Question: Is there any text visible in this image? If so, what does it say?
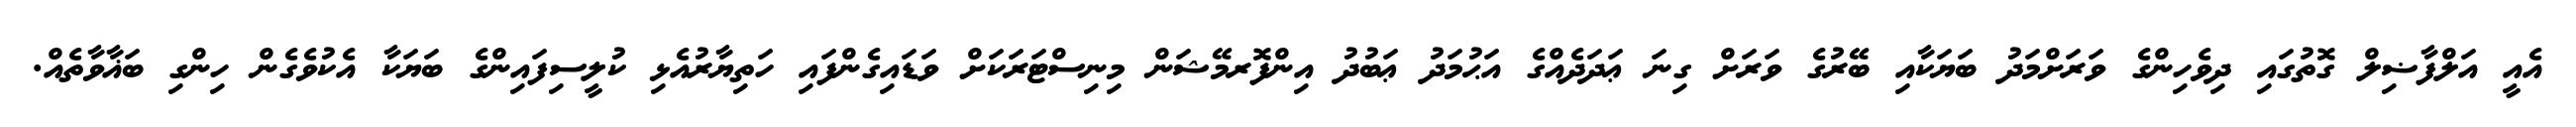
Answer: އެއީ އަލްފާޟިލް ގޮތުގައި ދިވެހިންގެ ވަރަށްމަދު ބަޔަކާއި ބޭރުގެ ވަރަށް ގިނަ ޢަދަދެއްގެ އަޙުމަދު ޢަބުދު އިންފޮރމޭޝަން މިނިސްޓަރަކަށް ވަޑައިގެންފައި ހަތިޔާރުއެޅި ކުލީސިފައިންގެ ބަޔަކާ އެކުވެގެން ހިންގި ބަޣާވާތެއް.